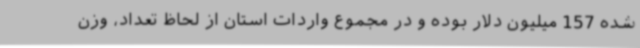
شده 157 میلیون دلار بوده و در مجموع واردات استان از لحاظ تعداد، وزن